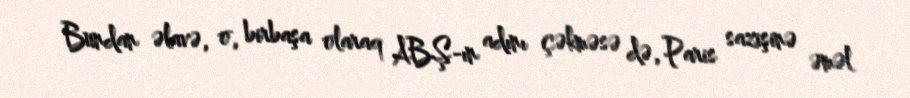
Bundan əlavə, o, birbaşa olaraq ABŞ-ın adını çəkməsə də, Paris sazişinə əməl